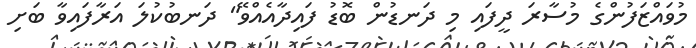
މުވައްޒަފުންގެ މުސާރަ ދީފައި މި ދަނޑުން ބޮޑު ފައިދާއެއްވޭ" ދަނބުކުލަ އަރާފައިވާ ބަށި